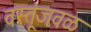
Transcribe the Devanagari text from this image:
वस्तूंजवळ